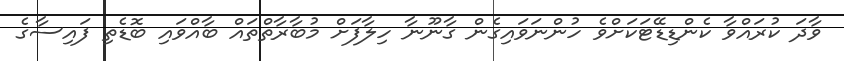
ވާދަ ކުރައްވާ ކެންޑިޑޭޓަކަށްވެ ހުންނަވައިގެން ގާނޫނާ ހިލާފަށް މުބާރާތްތައް ބާއްވައި ބޮޑެތި ފައިސާގެ